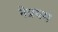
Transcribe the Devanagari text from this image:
नेप्रथम